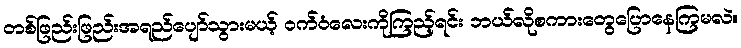
တစ်ဖြည်းဖြည်းအရည်ပျော်သွားမယ့် ဝက်ဝံလေးကိုကြည့်ရင်း ဘယ်လိုစကားတွေပြောနေကြမလဲ။